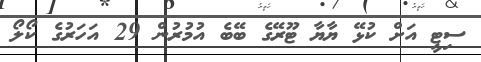
ސިޓީ އަށް ކުޅޭ ޔާޔާ ޓޫރޭގެ ބޭބެ އުމުރުން 29 އަހަރުގެ ކޯލޯ